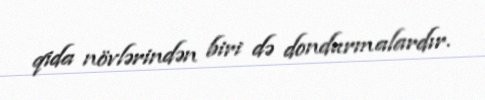
qida növlərindən biri də dondurmalardır.